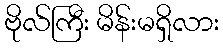
ဗိုလ်ကြီး မိန်းမရှိလား